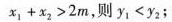
$$x _ { 1 } + x _ { 2 } > 2 m$$，则$$y _ { 1 } < y _ { 2 }$$；